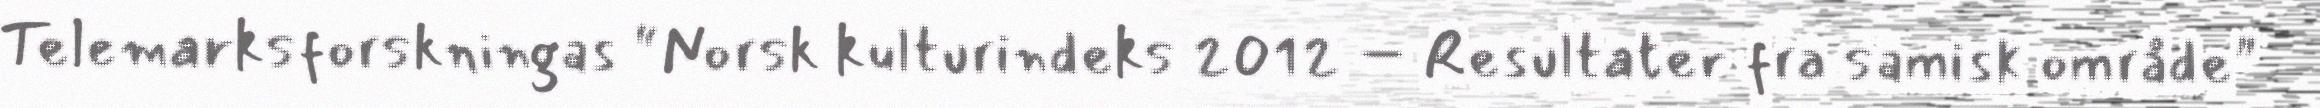
Telemarksforskningas “Norsk kulturindeks 2012 – Resultater fra samisk område"